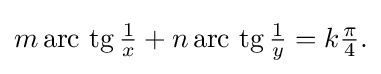
{\textstyle m\operatorname {arc\ tg} {\tfrac {1}{x}}+n\operatorname {arc\ tg} {\tfrac {1}{y}}=k{\tfrac {\pi }{4}}.}